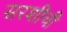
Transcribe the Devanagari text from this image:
सरशीची